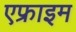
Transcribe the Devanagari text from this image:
एफ्राइम